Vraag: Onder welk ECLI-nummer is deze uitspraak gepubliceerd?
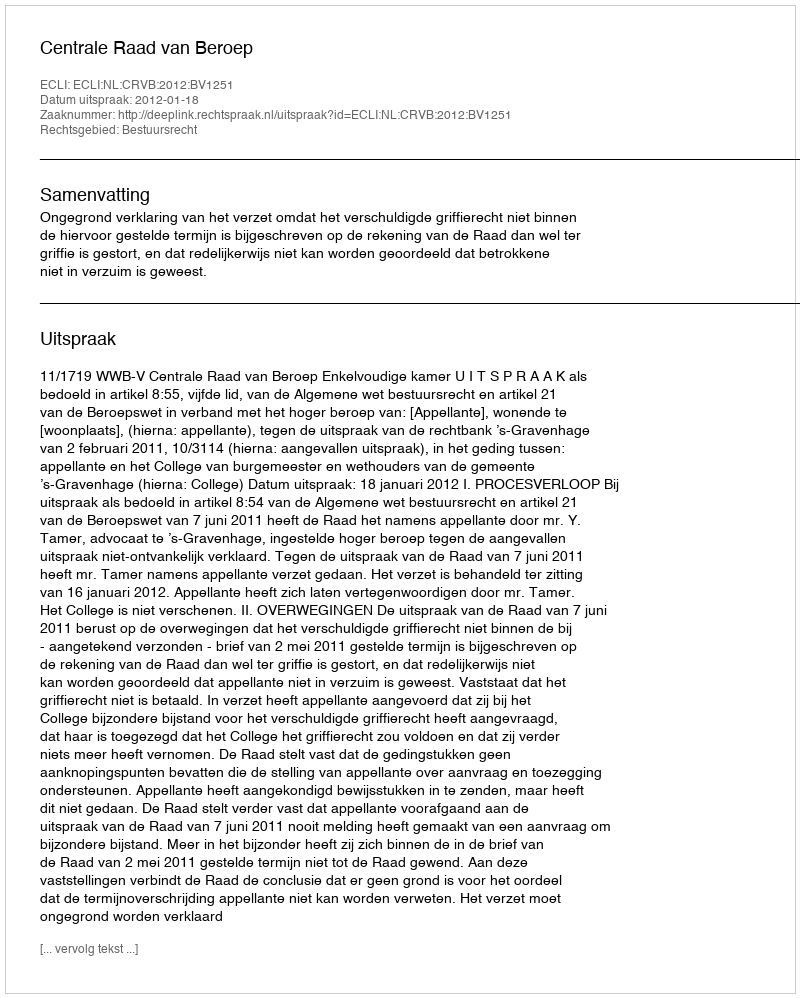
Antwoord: ECLI:NL:CRVB:2012:BV1251